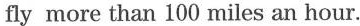
fly more than 100 miles an hour.